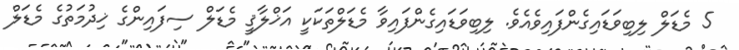
5 މެޑަލް ލިބިވަޑައިގެންފައިވެއެވެ. ލިބިވަޑައިގެންފައިވާ މެޑަލްތަކަކީ އަޚްލާޤީ މެޑަލް ސިފައިންގެ ޚިދުމަތުގެ މެޑަލް